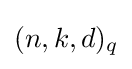
(n,k,d)_{q}